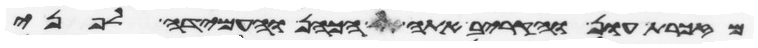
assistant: מזכרת עון והקריב אתה הכהן והעמידה לפני